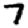
Digit: 7